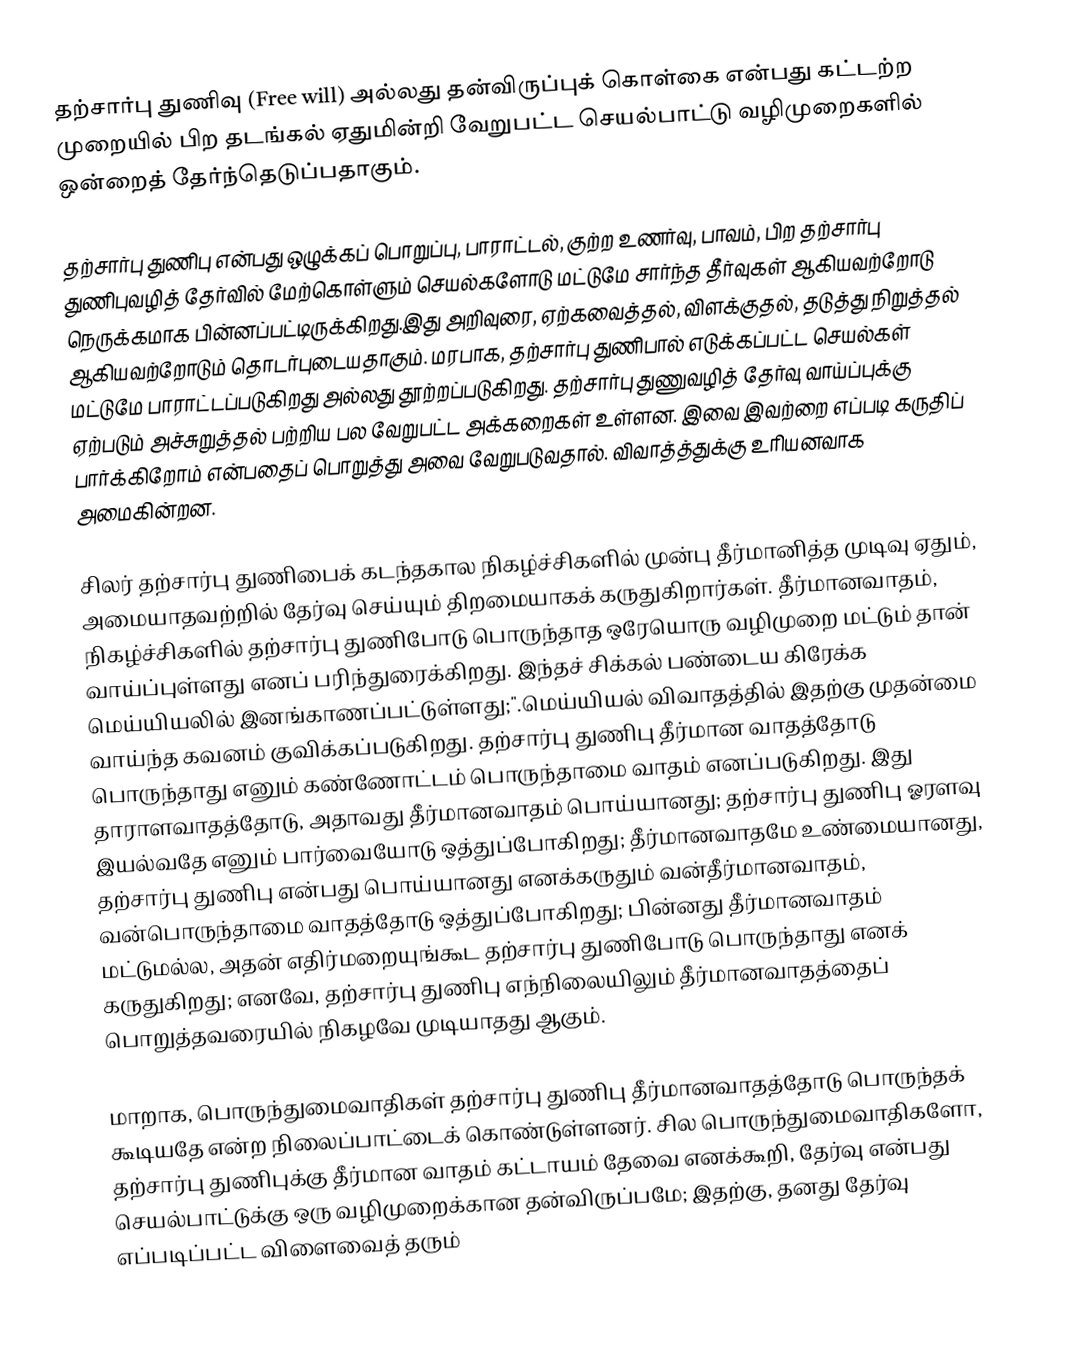
தற்சார்பு துணிவு (Free will) அல்லது தன்விருப்புக் கொள்கை என்பது கட்டற்ற முறையில் பிற தடங்கல் ஏதுமின்றி வேறுபட்ட செயல்பாட்டு வழிமுறைகளில் ஒன்றைத் தேர்ந்தெடுப்பதாகும்.

தற்சார்பு துணிபு என்பது ஒழுக்கப் பொறுப்பு, பாராட்டல், குற்ற உணர்வு, பாவம், பிற தற்சார்பு துணிபுவழித் தேர்வில் மேற்கொள்ளும் செயல்களோடு மட்டுமே சார்ந்த தீர்வுகள் ஆகியவற்றோடு நெருக்கமாக பின்னப்பட்டிருக்கிறது.இது அறிவுரை, ஏற்கவைத்தல், விளக்குதல், தடுத்து நிறுத்தல் ஆகியவற்றோடும் தொடர்புடையதாகும். மரபாக, தற்சார்பு துணிபால் எடுக்கப்பட்ட செயல்கள் மட்டுமே பாராட்டப்படுகிறது அல்லது தூற்றப்படுகிறது. தற்சார்பு துணுவழித் தேர்வு வாய்ப்புக்கு ஏற்படும் அச்சுறுத்தல் பற்றிய பல வேறுபட்ட அக்கறைகள் உள்ளன. இவை இவற்றை எப்படி கருதிப் பார்க்கிறோம் என்பதைப் பொறுத்து அவை வேறுபடுவதால். விவாத்த்துக்கு உரியனவாக அமைகின்றன.

சிலர் தற்சார்பு துணிபைக் கடந்தகால நிகழ்ச்சிகளில் முன்பு தீர்மானித்த முடிவு ஏதும், அமையாதவற்றில் தேர்வு செய்யும் திறமையாகக் கருதுகிறார்கள்.  தீர்மானவாதம், நிகழ்ச்சிகளில் தற்சார்பு துணிபோடு பொருந்தாத ஒரேயொரு வழிமுறை மட்டும் தான் வாய்ப்புள்ளது எனப் பரிந்துரைக்கிறது. இந்தச் சிக்கல் பண்டைய கிரேக்க மெய்யியலில் இனங்காணப்பட்டுள்ளது;".மெய்யியல் விவாதத்தில் இதற்கு முதன்மை வாய்ந்த கவனம் குவிக்கப்படுகிறது. தற்சார்பு துணிபு தீர்மான வாதத்தோடு பொருந்தாது எனும் கண்ணோட்டம் பொருந்தாமை வாதம் எனப்படுகிறது. இது தாராளவாதத்தோடு, அதாவது தீர்மானவாதம் பொய்யானது; தற்சார்பு துணிபு ஓரளவு இயல்வதே எனும் பார்வையோடு ஒத்துப்போகிறது;  தீர்மானவாதமே உண்மையானது, தற்சார்பு துணிபு என்பது பொய்யானது எனக்கருதும் வன்தீர்மானவாதம், வன்பொருந்தாமை வாதத்தோடு ஒத்துப்போகிறது; பின்னது தீர்மானவாதம் மட்டுமல்ல, அதன் எதிர்மறையுங்கூட தற்சார்பு துணிபோடு பொருந்தாது எனக் கருதுகிறது; எனவே, தற்சார்பு துணிபு எந்நிலையிலும் தீர்மானவாதத்தைப் பொறுத்தவரையில் நிகழவே முடியாதது ஆகும்.

மாறாக,  பொருந்துமைவாதிகள் தற்சார்பு துணிபு தீர்மானவாதத்தோடு பொருந்தக் கூடியதே என்ற நிலைப்பாட்டைக் கொண்டுள்ளனர். சில பொருந்துமைவாதிகளோ, தற்சார்பு துணிபுக்கு தீர்மான வாதம் கட்டாயம் தேவை எனக்கூறி, தேர்வு என்பது செயல்பாட்டுக்கு ஒரு வழிமுறைக்கான தன்விருப்பமே; இதற்கு, தனது தேர்வு எப்படிப்பட்ட விளைவைத் தரும்